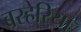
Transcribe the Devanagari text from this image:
बरहेरिया